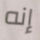
إنه